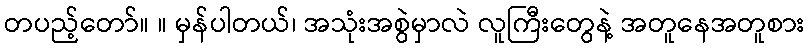
တပည့်တော်။ ။ မှန်ပါတယ်၊ အသုံးအစွဲမှာလဲ လူကြီးတွေနဲ့ အတူနေအတူစား